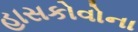
હાસકોવોના